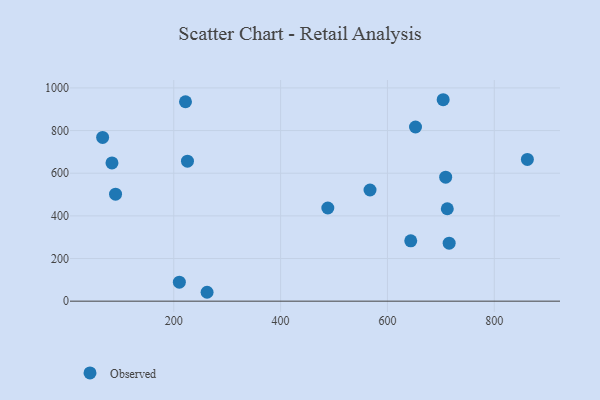
{"axis": {"x": "Ad Spend", "y": "Yield"}, "legend": ["Observed"], "data": [{"x": "222.0", "y": 935.2, "type": "Observed"}, {"x": "66.9", "y": 767.6, "type": "Observed"}, {"x": "861.9", "y": 664.5, "type": "Observed"}, {"x": "225.7", "y": 656.4, "type": "Observed"}, {"x": "712.0", "y": 433.4, "type": "Observed"}, {"x": "488.4", "y": 436.9, "type": "Observed"}, {"x": "91.1", "y": 501.5, "type": "Observed"}, {"x": "704.3", "y": 944.6, "type": "Observed"}, {"x": "652.5", "y": 816.8, "type": "Observed"}, {"x": "210.5", "y": 89.2, "type": "Observed"}, {"x": "643.6", "y": 282.9, "type": "Observed"}, {"x": "567.4", "y": 521.4, "type": "Observed"}, {"x": "262.4", "y": 41.7, "type": "Observed"}, {"x": "709.0", "y": 581.3, "type": "Observed"}, {"x": "84.4", "y": 648.2, "type": "Observed"}, {"x": "715.5", "y": 271.8, "type": "Observed"}]}